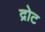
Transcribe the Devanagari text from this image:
द्रोट